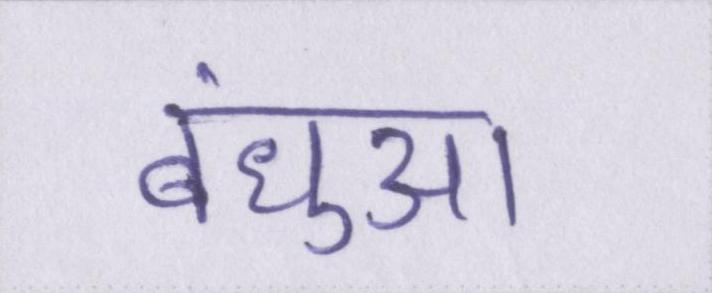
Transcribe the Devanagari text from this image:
बंधुआ